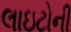
લાઇટોની